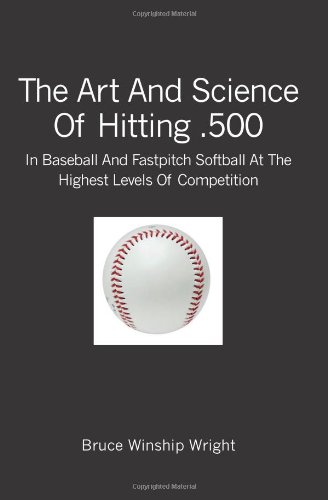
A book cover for The Art and Science of Hitting .500: In Baseball and Fastpitch Softball at the Highest Levels of Competition; Bruce Winship Wright; Sports & Outdoors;